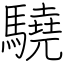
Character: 驍